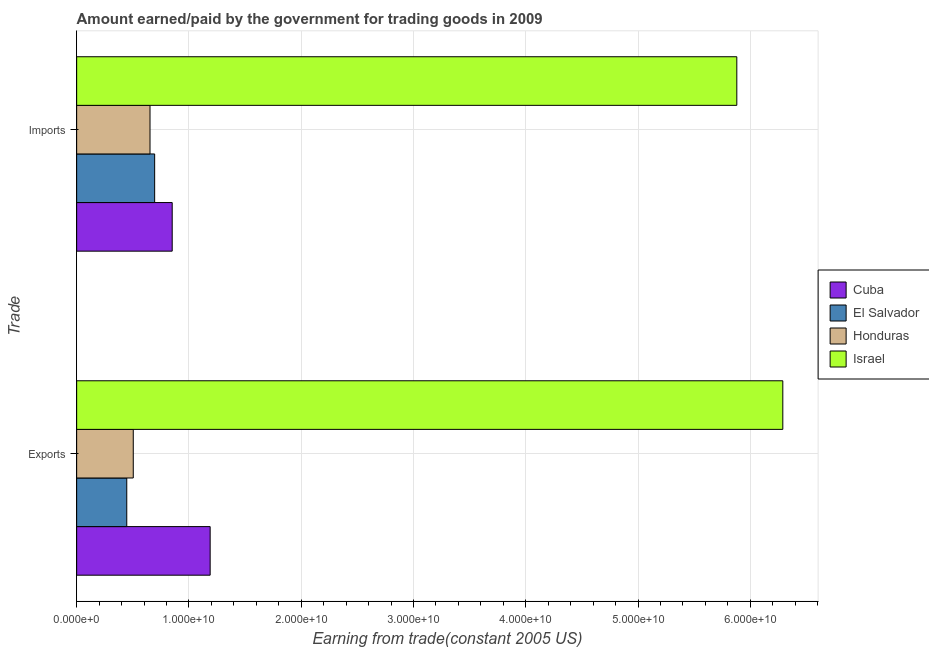
| Trade | Cuba | El Salvador | Honduras | Israel |
 | --- | --- | --- | --- | --- |
 | Exports | 1.19e+10 | 4.46e+09 | 5.04e+09 | 6.29e+10 |
 | Imports | 8.51e+09 | 6.95e+09 | 6.53e+09 | 5.88e+10 |